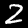
Label: 2